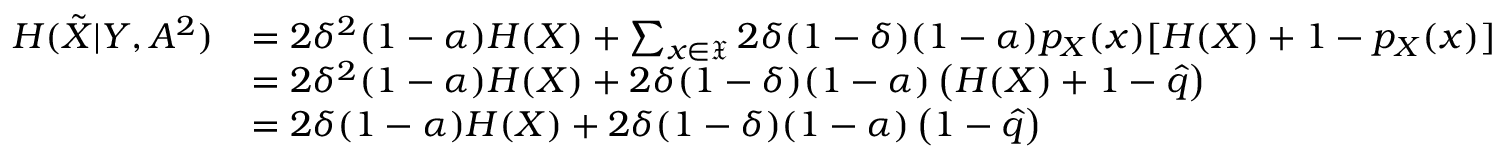
\begin{array} { r l } { H ( \Tilde { { X } } | { Y } , { A } ^ { 2 } ) } & { = 2 \delta ^ { 2 } ( 1 - \alpha ) H ( X ) + \sum _ { x \in \mathfrak { X } } 2 \delta ( 1 - \delta ) ( 1 - \alpha ) p _ { X } ( x ) [ H ( X ) + 1 - p _ { X } ( x ) ] } \\ & { = 2 \delta ^ { 2 } ( 1 - \alpha ) H ( X ) + 2 \delta ( 1 - \delta ) ( 1 - \alpha ) \left( H ( X ) + 1 - \hat { q } \right) } \\ & { = 2 \delta ( 1 - \alpha ) H ( X ) + 2 \delta ( 1 - \delta ) ( 1 - \alpha ) \left( 1 - \hat { q } \right) } \end{array}